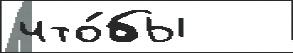
что́бы